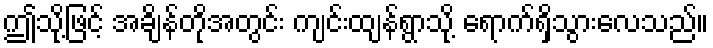
ဤသို့ဖြင့် အချိန်တိုအတွင်း ကျင်းထျန်ရွာသို့ ရောက်ရှိသွားလေသည်။